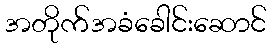
အတိုက်အခံခေါင်းဆောင်